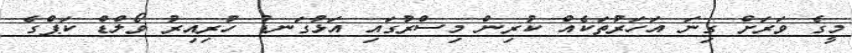
މީގެ ވަރަށް ގިނަ އަހަރުތަކެއް ކުރިން މިސްރުގައި އަޅުގަނޑު ހުރިއިރު ވޯލްޑް ކަޕްގެ